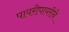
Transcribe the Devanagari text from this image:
पायरीपायरीने